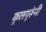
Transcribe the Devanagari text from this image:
कुलगुरूंनी